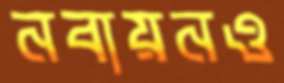
নবায়নও